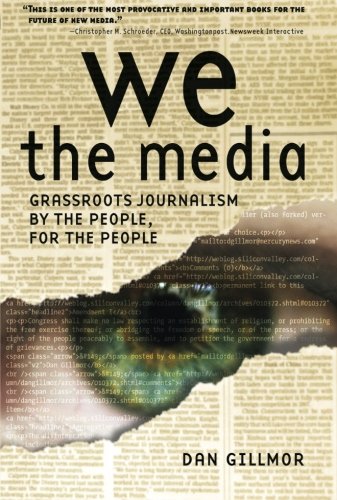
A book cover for We the Media: Grassroots Journalism By the People, For the People; Dan Gillmor; Computers & Technology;